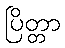
ပြိတ္တာ